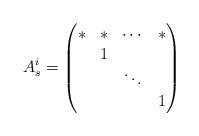
LaTeX: \begin{align*}A_s^i=\begin{pmatrix}\ast & \ast & \cdots & \ast \\ & 1 & & \\ & & \ddots & \\ & & & 1\end{pmatrix}\end{align*}